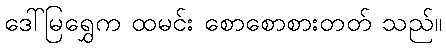
ဒေါ်မြရွှေက ထမင်း စောစောစားတတ် သည်။